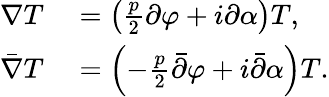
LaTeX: \begin{array}{rl}{\nabla T}&{{}=\left(\frac{p}{2}\partial\varphi+i\partial\alpha\right)T,}\\ {\bar{\nabla}T}&{{}=\left(-\frac{p}{2}\bar{\partial}\varphi+i\bar{\partial}\alpha\right)T.}\end{array}